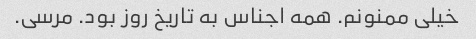
خیلی ممنونم. همه اجناس به تاریخ روز بود. مرسی.